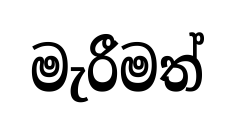
මැරීමත්